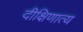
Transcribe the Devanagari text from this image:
दीक्षिणात्य